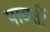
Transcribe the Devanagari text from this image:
पावर्ती